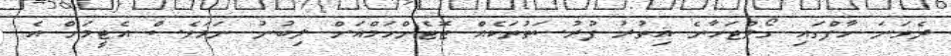
ދެވަނަ ހާފްގައި ގޯލްޖަހާނެ އިތުރު ފުރުސަތުތަކެއް ޓޮޓެންހަމްއަށް ލިބުނު ނަމަވެސް އެޓީމަށް އެ